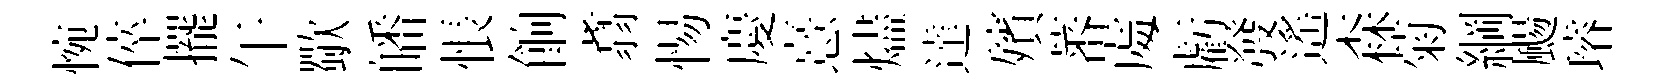
惋倅擺午歜皤悵餉翥惕慶憙燼達殯蕃䖏虧發遙森菊綱颺璿